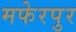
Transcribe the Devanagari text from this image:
मफेरपुर